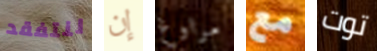
لنتفقد إن مراوغ مع توت